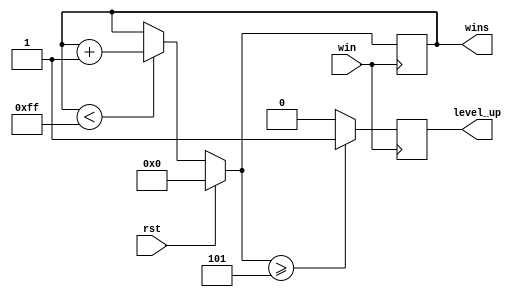
`timescale 1ns / 1ps
//////////////////////////////////////////////////////////////////////////////////
// Company: 
// Engineer: 
// 
// Design Name: 
// Module Name:    win_count 
// Project Name: 
// Target Devices: 
// Tool versions: 
// Description: 
//
// Dependencies: 
//
// Revision: 
// Revision 0.01 - File Created
// Additional Comments: 
//
//////////////////////////////////////////////////////////////////////////////////
module win_count(
						input rst,
						input win,
						output reg [7:0] wins,
						output reg level_up
						);
initial begin
	wins = 8'h00;
	level_up = 1'b0;
end

always @(posedge win) begin
	if (rst == 1'b1)
		wins = 8'h00;
	else if (wins < 8'hFF)
		wins = wins + 8'h01;
	if (wins >= 8'h05)
		level_up = 1'b1;
	else
		level_up = 1'b0;
end

endmodule